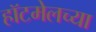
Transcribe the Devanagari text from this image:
हॉटमेलच्या